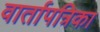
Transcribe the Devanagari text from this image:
वार्तापत्रिका